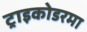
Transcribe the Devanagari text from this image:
ट्राइकोडरमा